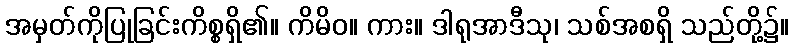
အမှတ်ကိုပြုခြင်းကိစ္စရှိ၏။ ကိမိဝ။ ကား။ ဒါရုအာဒီသု၊ သစ်အစရှိ သည်တို့၌။